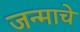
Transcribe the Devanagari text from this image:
जन्माचेे